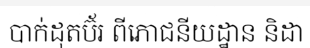
បាក់ដុតប៊័រ ពីភោជនីយដ្ឋាន និដា